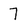
Character: 7